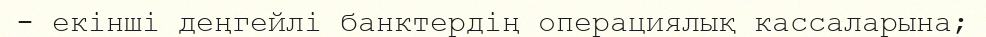
- екінші деңгейлі банктердің операциялық кассаларына;